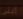
أنتى